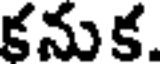
కనుక.